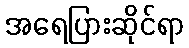
အရေပြားဆိုင်ရာ